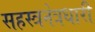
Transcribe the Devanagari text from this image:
सहस्त्रनेत्रधारी